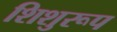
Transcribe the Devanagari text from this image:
शिशुरूप